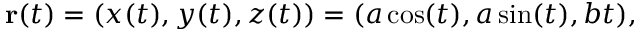
\mathbf { r } ( t ) = ( x ( t ) , y ( t ) , z ( t ) ) = ( a \cos ( t ) , a \sin ( t ) , b t ) ,